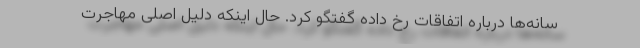
سانه‌ها درباره اتفاقات رخ داده گفتگو کرد. حال اینکه دلیل اصلی مهاجرت